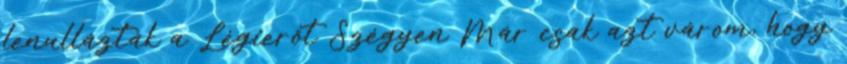
lenullázták a Légierőt Szégyen Már csak azt várom, hogy